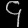
Digit: ၄